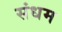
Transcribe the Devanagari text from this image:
संधम